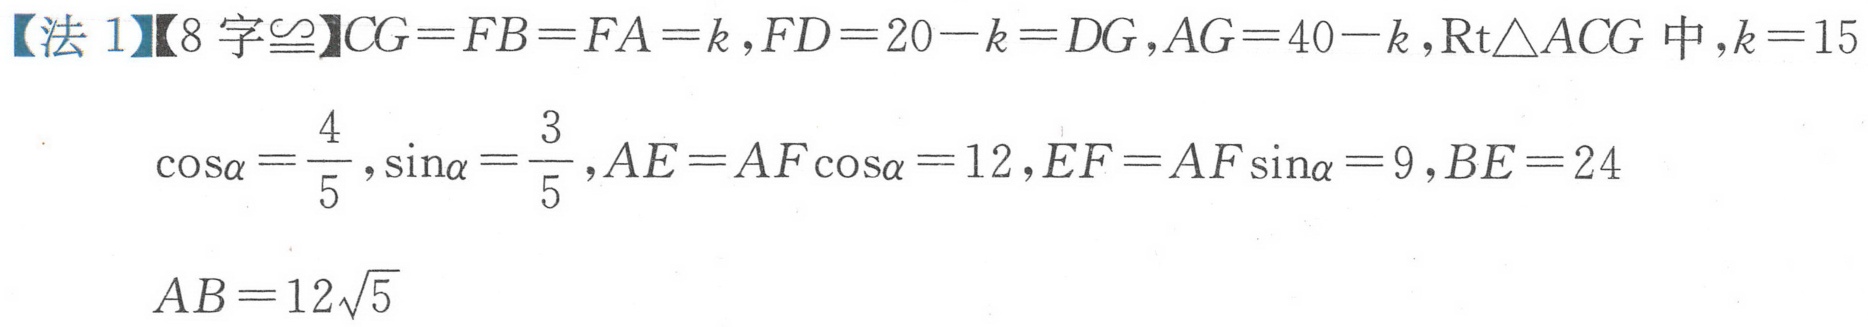
【法1】【8字$\cong$】\(CG = FB = FA = k\)，\(FD = 20 - k = DG\)，\(AG = 40 - k\)，\(\text{Rt}\triangle ACG\)中，\(k = 15\)
\(\cos\alpha=\frac{4}{5}\)，\(\sin\alpha=\frac{3}{5}\)，\(AE = AF\cos\alpha = 12\)，\(EF = AF\sin\alpha = 9\)，\(BE = 24\)
\(AB = 12\sqrt{5}\)